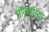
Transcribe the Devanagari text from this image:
नॉक्चूरिया